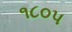
૧૮૦૫